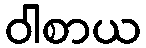
ဝါစာယ